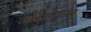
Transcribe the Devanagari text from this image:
ओरेंसकाया